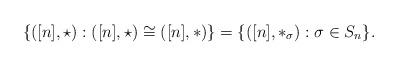
LaTeX: \begin{align*}\{ ([n],\star) : ([n],\star) \cong ([n],\ast) \} = \{ ([n],\ast_\sigma) : \sigma \in S_n \}.\end{align*}